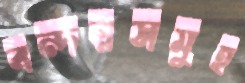
বন্দরসমুহ